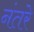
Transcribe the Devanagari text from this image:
नंतरे